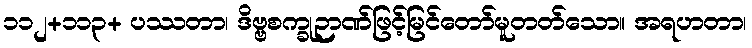
၁၁၂+၁၁၃+ ပဿတာ၊ ဒိဗ္ဗစက္ခုဉာဏ်ဖြင့်မြင်တော်မူတတ်သော။ အရဟတာ၊